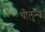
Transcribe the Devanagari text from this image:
चौलुभ्य